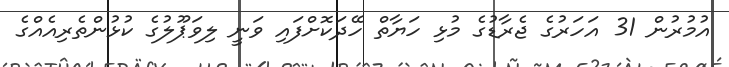
އުމުރުން 31 އަހަރުގެ ޖެރާޑުގެ މުޅި ހަޔާތް ހޭދަކޮށްފައި ވަނީ ލިވަޕޫލުގެ ކުޅުންތެރިއެއްގެ